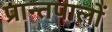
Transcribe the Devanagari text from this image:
प्रान्तपालों